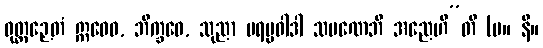
ဝုတ္တဉှေတံ ဣဓေဝ, ဘိက္ခဝေ, သုညာ ပရပ္ပဝါဒါ သမဏေဘိ အညေဟီ”တိ (မ။ နိ။